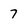
Character: 7